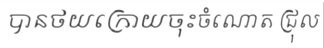
បានថយក្រោយចុះចំណោត ជ្រុល